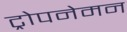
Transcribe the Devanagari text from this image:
ट्रोपनेमन